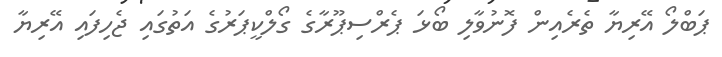
ޕަބްލޯ އޭރިޔާ ތެރެއިން ފޮނުވާލި ބޯޅަ ޕެރްސިޕޫރާގެ ގޯލްކީޕަރުގެ އަތުގައި ޖެހިފައި އޭރިޔާ